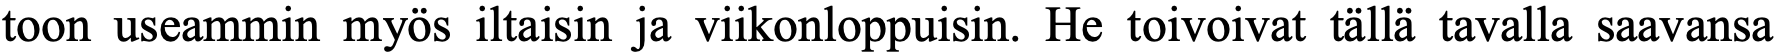
toon useammin myös iltaisin ja viikonloppuisin. He toivoivat tällä tavalla saavansa